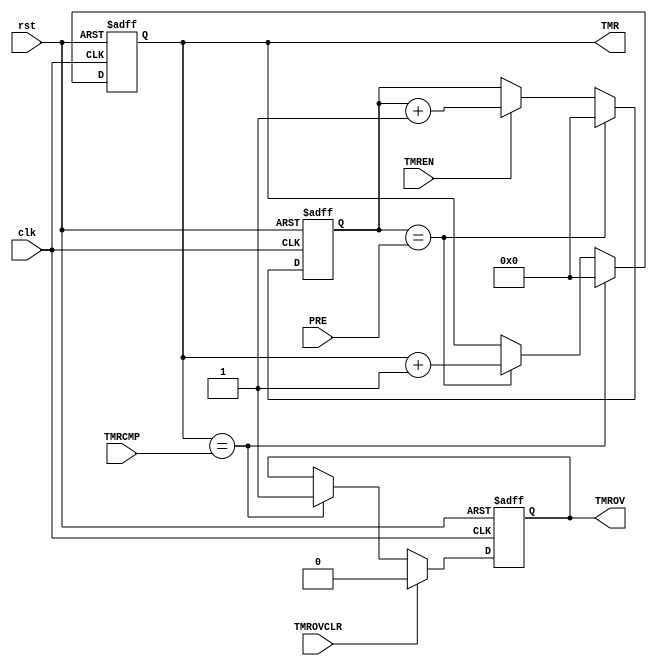
/*
	Mohamed Shalan (mshalan@aucegypt.edu)
*/
/*
	A simple 32-bit timer
	TMR : 32-bit counter
	PRE: clock prescalar (tmer_clk = clk / (PRE+1))
	TMRCMP: Timer CMP register
	TMROV: Timer overflow (TMR>=TMRCMP)
	TMROVCLR: Control signal to clear the TMROV flag
*/


`timescale 1ns/1ps
`default_nettype none

module TIMER32 (
		input wire clk,
		input wire rst,
		output reg [31:0] TMR,
		input wire [31:0] PRE,
		input wire [31:0] TMRCMP,
		output reg TMROV,
		input wire TMROVCLR,
		input wire TMREN
	);

	reg [31:0] 	clkdiv;
	wire 		timer_clk = (clkdiv==PRE) ;
	wire 		tmrov = (TMR == TMRCMP);

	// Prescalar
	always @(posedge clk or posedge rst)
	begin
		if(rst)
			clkdiv <= 32'd0;
		else if(timer_clk)
			clkdiv <= 32'd0;
		else if(TMREN)
			clkdiv <= clkdiv + 32'd1;
	end

	// Timer
	always @(posedge clk or posedge rst)
	begin
		if(rst)
			TMR <= 32'd0;
		else if(tmrov)
			TMR <= 32'd0;
		else if(timer_clk)
			TMR <= TMR + 32'd1;
	end

	always @(posedge clk or posedge rst)
	begin
		if(rst)
			TMROV <= 1'd0;
		else if(TMROVCLR)
			TMROV <= 1'd0;
		else if(tmrov)
			TMROV <= 1'd1;
	end

endmodule